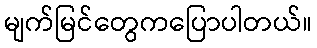
မျက်မြင်တွေကပြောပါတယ်။